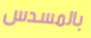
بالمسدس